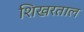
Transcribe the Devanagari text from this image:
शिखरताल